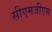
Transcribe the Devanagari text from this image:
सीएमजीएस